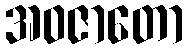
အဝဇာတော